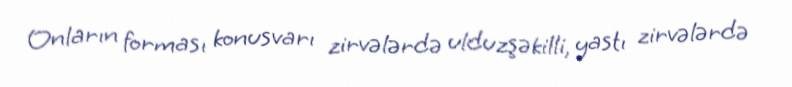
Onların forması konusvarı zirvələrdə ulduzşəkilli, yastı zirvələrdə